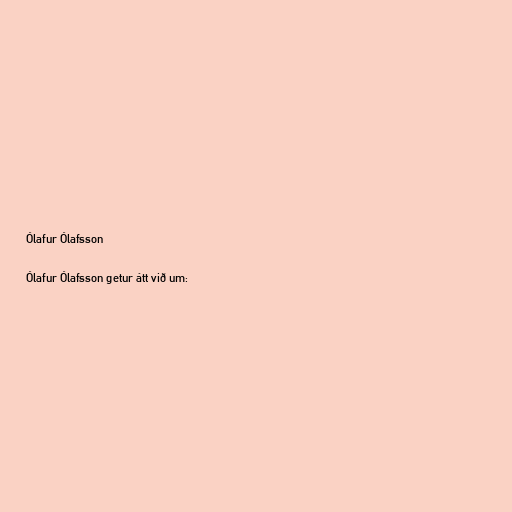
Ólafur Ólafsson

Ólafur Ólafsson getur átt við um: